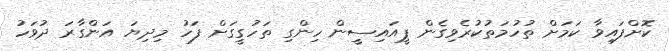
ކޮށްފައިވާ ކަމަށް ތުހުމަތުކުރެވިގެން ޕީއައިސީން ހިންގި ތަހުގީގަށް ފަހު މިދިޔަ އަންގާރަ ދުވަހު